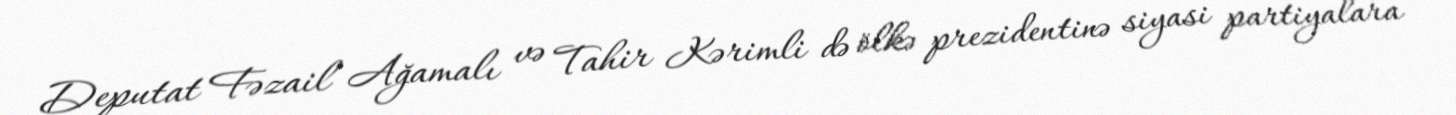
Deputat Fəzail Ağamalı və Tahir Kərimli də ölkə prezidentinə siyasi partiyalara